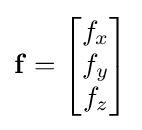
\mathbf {f} ={\begin{bmatrix}f_{x}\\f_{y}\\f_{z}\end{bmatrix}}